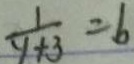
\frac { 1 } { y + 3 } = b